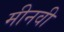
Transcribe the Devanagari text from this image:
मीनवी